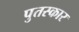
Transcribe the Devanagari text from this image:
पुतस्कार